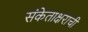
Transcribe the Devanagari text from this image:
संकेताक्षराची